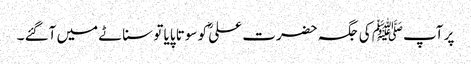
پر آپﷺ کی جگہ حضرت علیؓ کو سوتا پایا تو سناٹے میں آگئے ۔